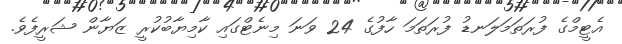
އެޓީމްގެ ފުރަތަމަލަނޑު ފުރަތަމަ ހާފުގެ 24 ވަނަ މިނެޓްގައި ކާމިޔާބުކުރީ ޒަޔާން ޝަރީފެވެ.